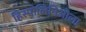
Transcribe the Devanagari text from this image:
हिस्पोलिनिओला